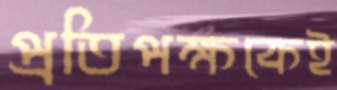
প্রতিপক্ষকেই